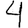
Digit: 4